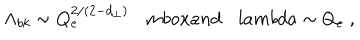
\Lambda _ { b k } \sim Q _ { e } ^ { 2 / ( 2 - d _ { \perp } ) } \ \ \ \, m b o x { a n d } \ \ \ \, l a m b d a \sim Q _ { e } \ ,